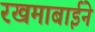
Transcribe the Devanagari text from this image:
रखमाबाईने